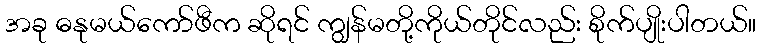
အခု ဓနုမယ်ကော်ဖီက ဆိုရင် ကျွန်မတို့ကိုယ်တိုင်လည်း စိုက်ပျိုးပါတယ်။